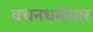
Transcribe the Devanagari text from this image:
वचनधर्मसार